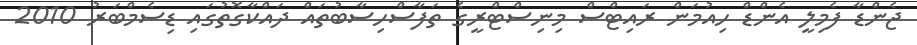
ޖެންޑާ ފެމިލީ އެންޑް ހިއުމަން ރައިޓްސް މިނިސްޓްރީގެ ތަފާސްހިސާބުތައް ދައްކާގޮތުގައި ޑިސެމްބަރު 2010